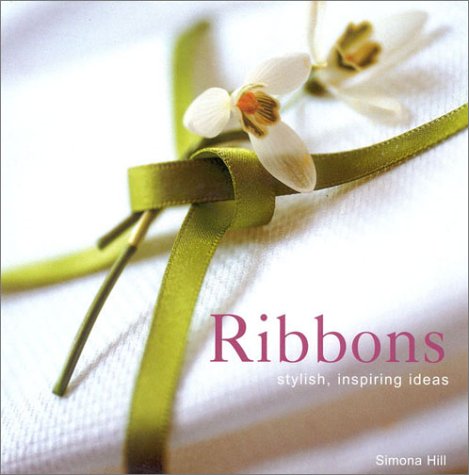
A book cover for Ribbons: Stylish, Inspiring Ideas; Beverly Jollands; Crafts, Hobbies & Home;